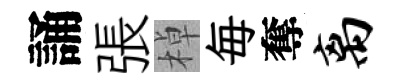
誦張棹毎奪离